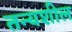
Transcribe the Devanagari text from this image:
तन्यशील